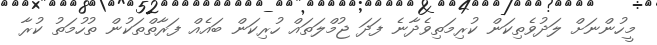
މީހުންނަށް ލަދުވެތިކަން ކުރިމަތިވެދާނެ ފަދަ ޖުމްލަތައް ހުރިކަން ބައެއް ފަރާތްތަކުން ތުހުމަތު ކުރާ